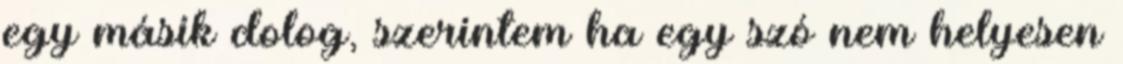
egy másik dolog, szerintem ha egy szó nem helyesen